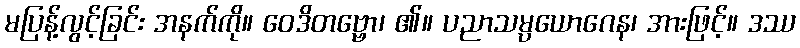
မပြန့်လွင့်ခြင်း အနက်ကို။ ဝေဒိတဗ္ဗော၊ ၏။ ပညာသမ္ပယောဂေန၊ အားဖြင့်။ ဒဿ